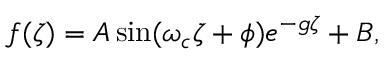
f ( \zeta ) = A \sin ( \omega _ { c } \zeta + \phi ) e ^ { - g \zeta } + B ,